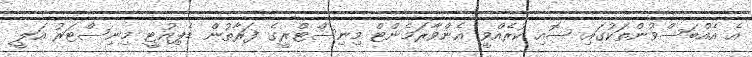
އެ އެއްބަސްވުންތަކުގައި ސޮއި ކުރެއްވީ އެންވާރަމެންޓް މިނިސްޓްރީގެ ފަރާތުން ޑެޕިއުޓީ މިނިސްޓަރު އަލީ